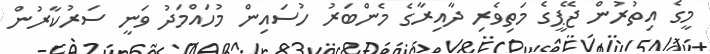
މީގެ އިތުރުން ޖޭޕީގެ މަތިވެރި ދާއިރާގެ މެންބަރު ހުސައިން މުހައްމަދު ވަނީ ސަރުކާރުން